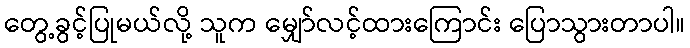
တွေ့ခွင့်ပြုမယ်လို့ သူက မျှော်လင့်ထားကြောင်း ပြောသွားတာပါ။